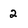
Character: 2